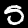
Label: 5